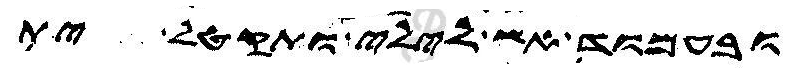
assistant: ובעמוד אש לילי ותקטל ית